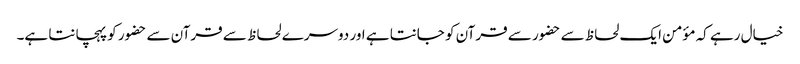
خیال رہے کہ مؤمن ایک لحاظ سے حضور سے قرآن کو جانتا ہے اور دوسرے لحاظ سے قرآن سے حضور کو پہچانتا ہے۔